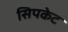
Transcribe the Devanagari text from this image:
सिपकेट